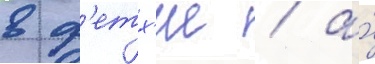
в ф'етх'ие / а́